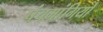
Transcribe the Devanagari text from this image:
पंचमांगियों